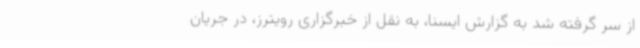
از سر گرفته شد به گزارش ایسنا، به نقل از خبرگزاری رویترز، در جریان